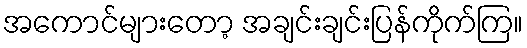
အကောင်များတော့ အချင်းချင်းပြန်ကိုက်ကြ။